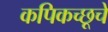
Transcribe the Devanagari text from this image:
कपिकच्छूचे